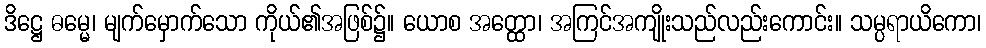
ဒိဋ္ဌေ ဓမ္မေ၊ မျက်မှောက်သော ကိုယ်၏အဖြစ်၌။ ယောစ အတ္ထော၊ အကြင်အကျိုးသည်လည်းကောင်း။ သမ္ပရာယိကော၊